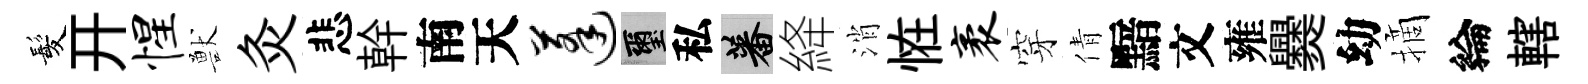
髪开惺獸灸悲幹南天蓬璽私蕃絳消恠袤穿倩黯文雍爨幼摘綸轄